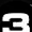
Digit: 3